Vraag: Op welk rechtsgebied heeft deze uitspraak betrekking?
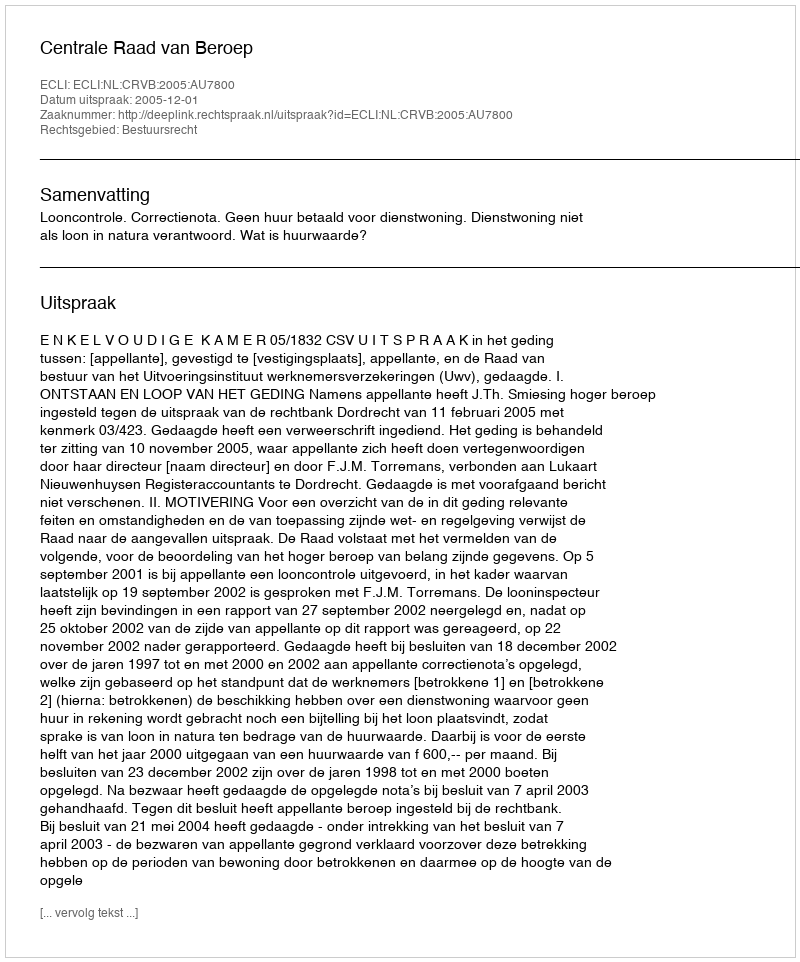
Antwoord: Bestuursrecht